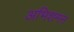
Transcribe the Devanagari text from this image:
अभिशमन